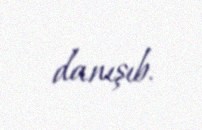
danışıb.